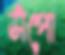
সঁপো